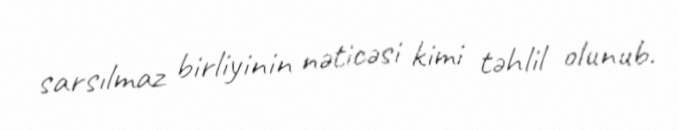
sarsılmaz birliyinin nəticəsi kimi təhlil olunub.